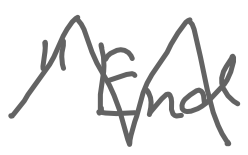
Text: "End
Cross-out: zig-zag
Writing tool: digital_gray